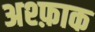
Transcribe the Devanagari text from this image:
अश्फ़ाक